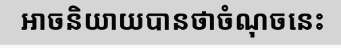
អាចនិយាយបានថាចំណុចនេះ